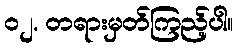
၀၂. တရားမှတ်ကြည့်ပါ။